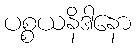
ပစ္စယနိဒါနော